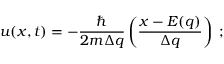
u ( x , t ) = - \frac { \hbar } { 2 m \Delta q } \left( \frac { x - E ( q ) } { \Delta q } \right) \; ;